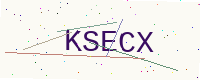
Text: KSECX